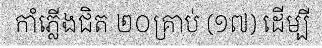
កាំភ្លើងជិត ២០គ្រាប់ (១៧) ដើម្បី